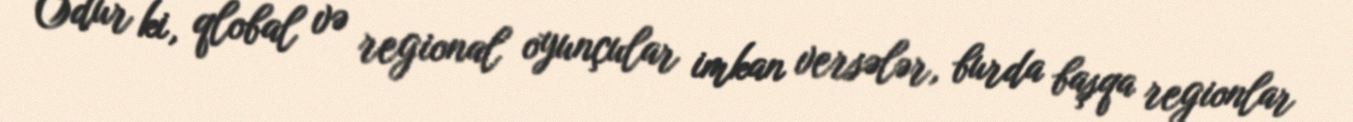
Odur ki, qlobal və regional oyunçular imkan versələr, burda başqa regionlar